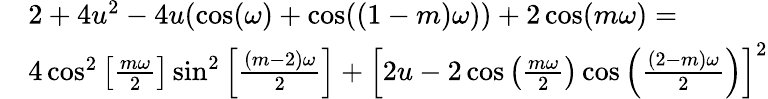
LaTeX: \begin{array}{rl}&{2+4u^{2}-4u(\cos(\omega)+\cos((1-m)\omega))+2\cos(m\omega)=}\\ &{4\cos^{2}\left[\frac{m\omega}{2}\right]\sin^{2}\left[\frac{(m-2)\omega}{2}\right]+\left[2u-2\cos\left(\frac{m\omega}{2}\right)\cos\left(\frac{(2-m)\omega}{2}\right)\right]^{2}}\end{array}